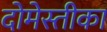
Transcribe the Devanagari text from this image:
दोमेस्तीका